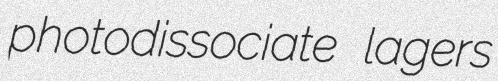
photodissociate lagers